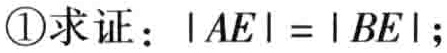
\textcircled{1}求证：\(\vert AE\vert=\vert BE\vert\);